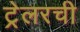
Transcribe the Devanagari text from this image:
ट्रेलरची